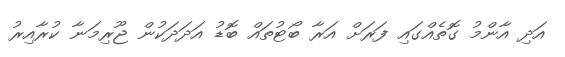
އަދި އާންމު ގޮތެއްގައި ފަރަށް އަރާ ބޯޓުތައް ބޮޑު އަދަދަކުން ޖޫރިމަނާ ކުރާއިރު